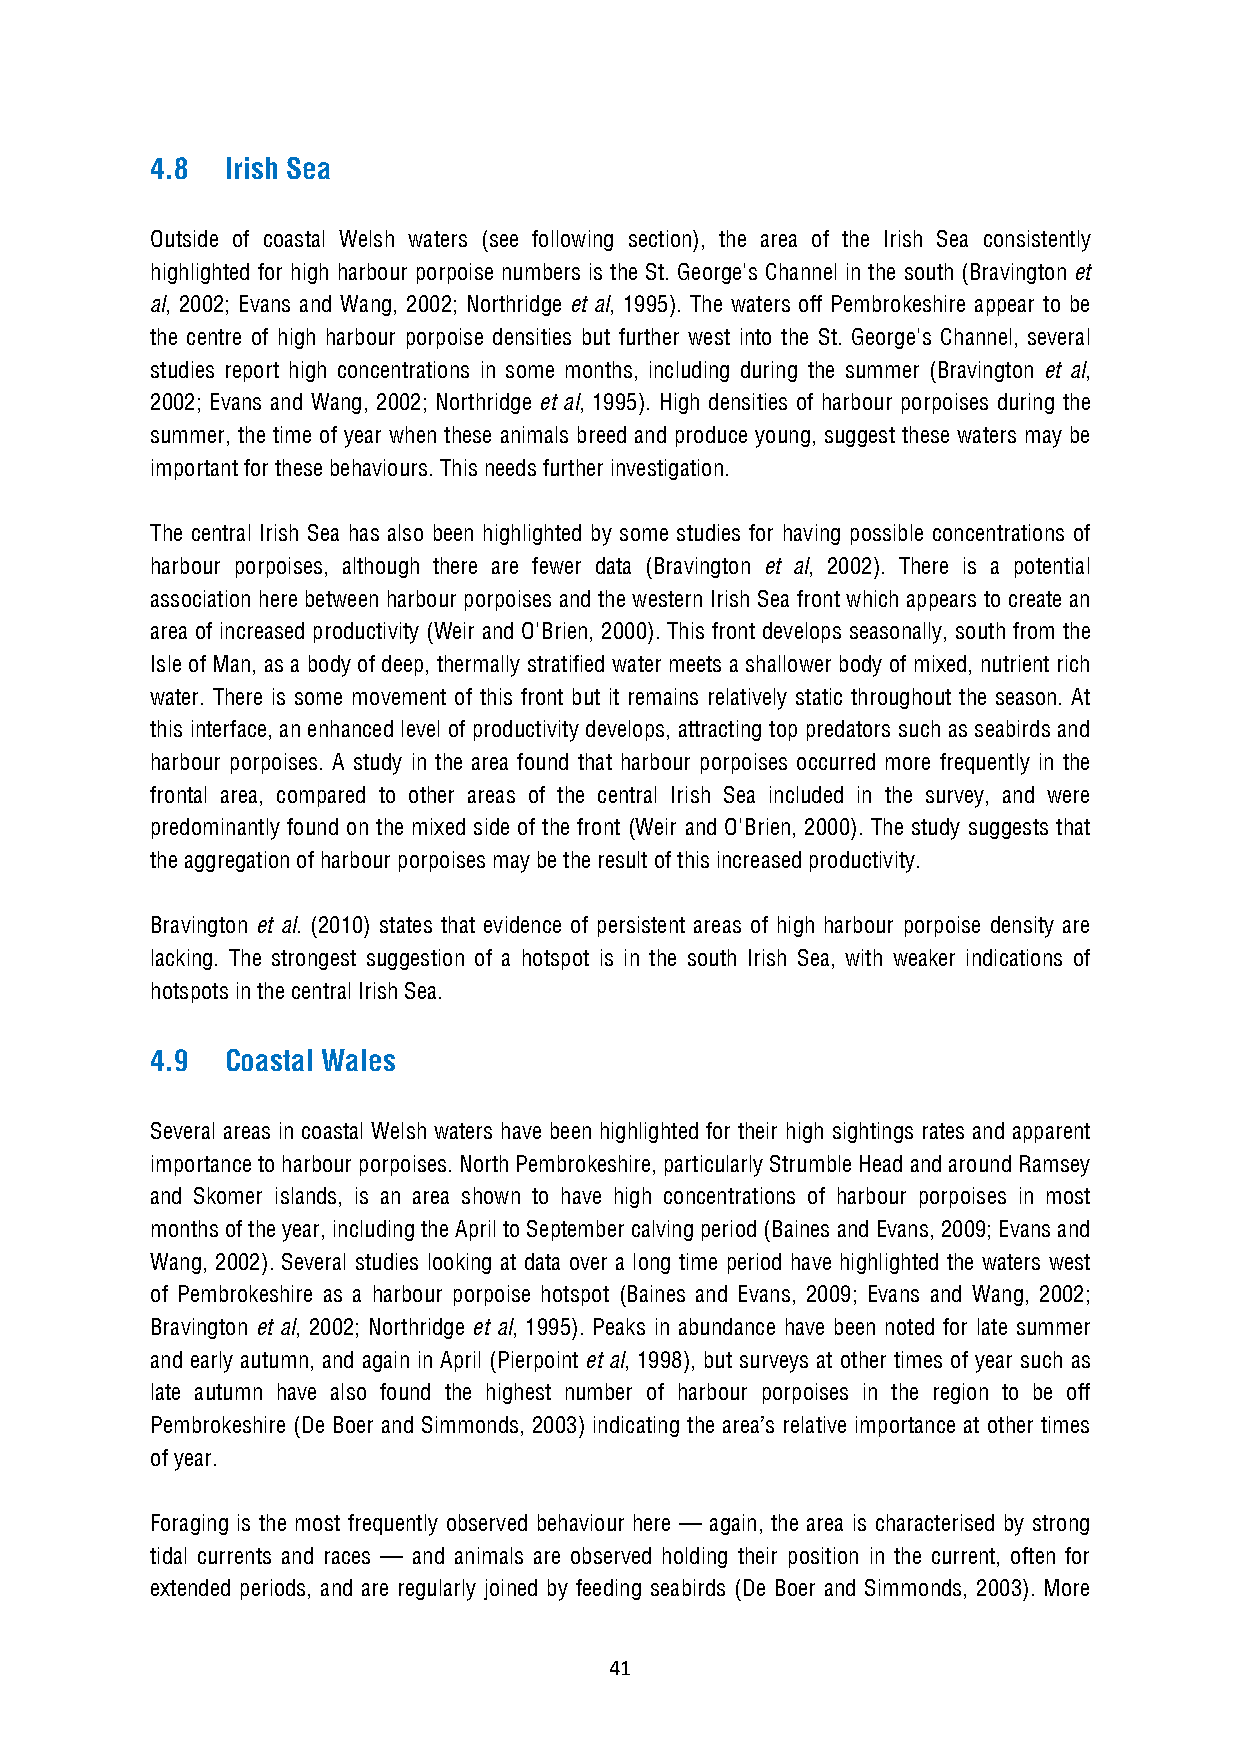
4.8  Irish Sea
 Outside of coastal Welsh waters (see following section), the area of the Irish Sea consistently
 highlighted for high harbour porpoise numbers is the St. George's Channel in the south (Bravington et
 al, 2002; Evans and Wang, 2002; Northridge et al, 1995). The waters off Pembrokeshire appear to be
 the centre of high harbour porpoise densities but further west into the St. George's Channel, several
 studies report high concentrations in some months, including during the summer (Bravington et al,
 2002; Evans and Wang, 2002; Northridge et al, 1995). High densities of harbour porpoises during the
 summer, the time of year when these animals breed and produce young, suggest these waters may be
 important for these behaviours. This needs further investigation.
 The central Irish Sea has also been highlighted by some studies for having possible concentrations of
 harbour porpoises, although there are fewer data (Bravington et al, 2002). There is a potential
 association here between harbour porpoises and the western Irish Sea front which appears to create an
 area of increased productivity (Weir and O'Brien, 2000). This front develops seasonally, south from the
 Isle of Man, as a body of deep, thermally stratified water meets a shallower body of mixed, nutrient rich
 water. There is some movement of this front but it remains relatively static throughout the season. At
 this interface, an enhanced level of productivity develops, attracting top predators such as seabirds and
 harbour porpoises. A study in the area found that harbour porpoises occurred more frequently in the
 frontal area, compared to other areas of the central Irish Sea included in the survey, and were
 predominantly found on the mixed side of the front (Weir and O'Brien, 2000). The study suggests that
 the aggregation of harbour porpoises may be the result of this increased productivity.
 Bravington et al. (2010) states that evidence of persistent areas of high harbour porpoise density are
 lacking. The strongest suggestion of a hotspot is in the south Irish Sea, with weaker indications of
 hotspots in the central Irish Sea.
 4.9  Coastal Wales
 Several areas in coastal Welsh waters have been highlighted for their high sightings rates and apparent
 importance to harbour porpoises. North Pembrokeshire, particularly Strumble Head and around Ramsey
 and Skomer islands, is an area shown to have high concentrations of harbour porpoises in most
 months of the year, including the April to September calving period (Baines and Evans, 2009; Evans and
 Wang, 2002). Several studies looking at data over a long time period have highlighted the waters west
 of Pembrokeshire as a harbour porpoise hotspot (Baines and Evans, 2009; Evans and Wang, 2002;
 Bravington et al, 2002; Northridge et al, 1995). Peaks in abundance have been noted for late summer
 and early autumn, and again in April (Pierpoint et al, 1998), but surveys at other times of year such as
 late autumn have also found the highest number of harbour porpoises in the region to be off
 Pembrokeshire (De Boer and Simmonds, 2003) indicating the area’s relative importance at other times
 of year.
 Foraging is the most frequently observed behaviour here — again, the area is characterised by strong
 tidal currents and races — and animals are observed holding their position in the current, often for
 extended periods, and are regularly joined by feeding seabirds (De Boer and Simmonds, 2003). More
 41